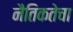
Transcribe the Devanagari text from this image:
नैतिकतेचा